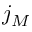
j _ { M }